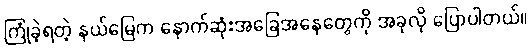
ကြုံခဲ့ရတဲ့ နယ်မြေက နောက်ဆုံးအခြေအနေတွေကို အခုလို ပြောပါတယ်။